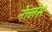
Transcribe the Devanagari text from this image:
नेत्त्लेस